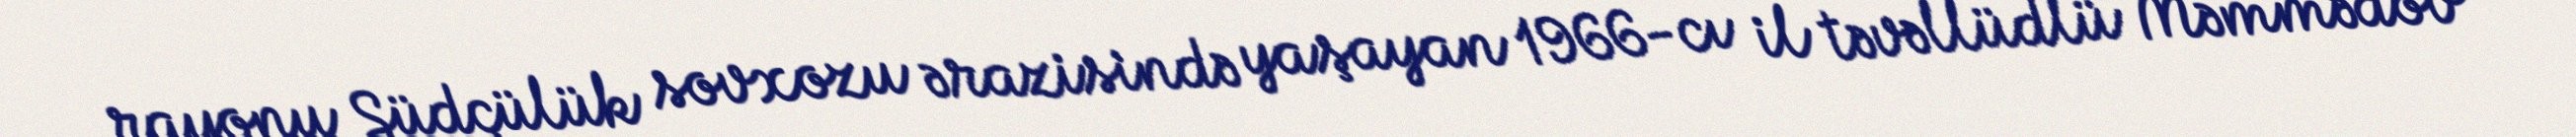
rayonu Südçülük sovxozu ərazisində yaşayan 1966-cı il təvəllüdlü Məmmədov